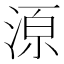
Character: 𱧊